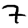
Digit: 7